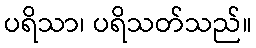
ပရိသာ၊ ပရိသတ်သည်။